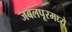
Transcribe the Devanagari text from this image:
जबलपूरमध्ये